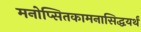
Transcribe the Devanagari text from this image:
मनोप्सितकामनासिद्धयर्थं